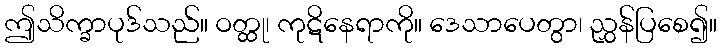
ဤသိက္ခာပုဒ်သည်။ ဝတ္ထု၊ ကုဋိနေရာကို။ ဒေသာပေတွာ၊ ညွှန်ပြစေ၍။